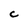
Character: C